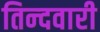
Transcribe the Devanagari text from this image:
तिन्‍दवारी